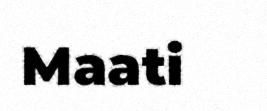
Maati